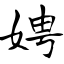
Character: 娉